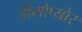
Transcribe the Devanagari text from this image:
हीमोप्योर